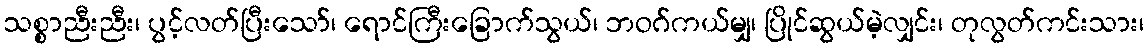
သစ္စာညီးညီး၊ ပွင့်လတ်ပြီးသော်၊ ရောင်ကြီးခြောက်သွယ်၊ ဘဝဂ်ကယ်မျှ၊ ပြိုင်ဆွယ်မဲ့လျှင်း၊ တုလွတ်ကင်းသား၊